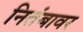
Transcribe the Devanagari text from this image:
नितंबावर